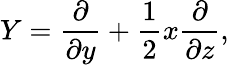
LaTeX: Y={\frac{\partial}{\partial y}}+{\frac{1}{2}}x{\frac{\partial}{\partial z}},